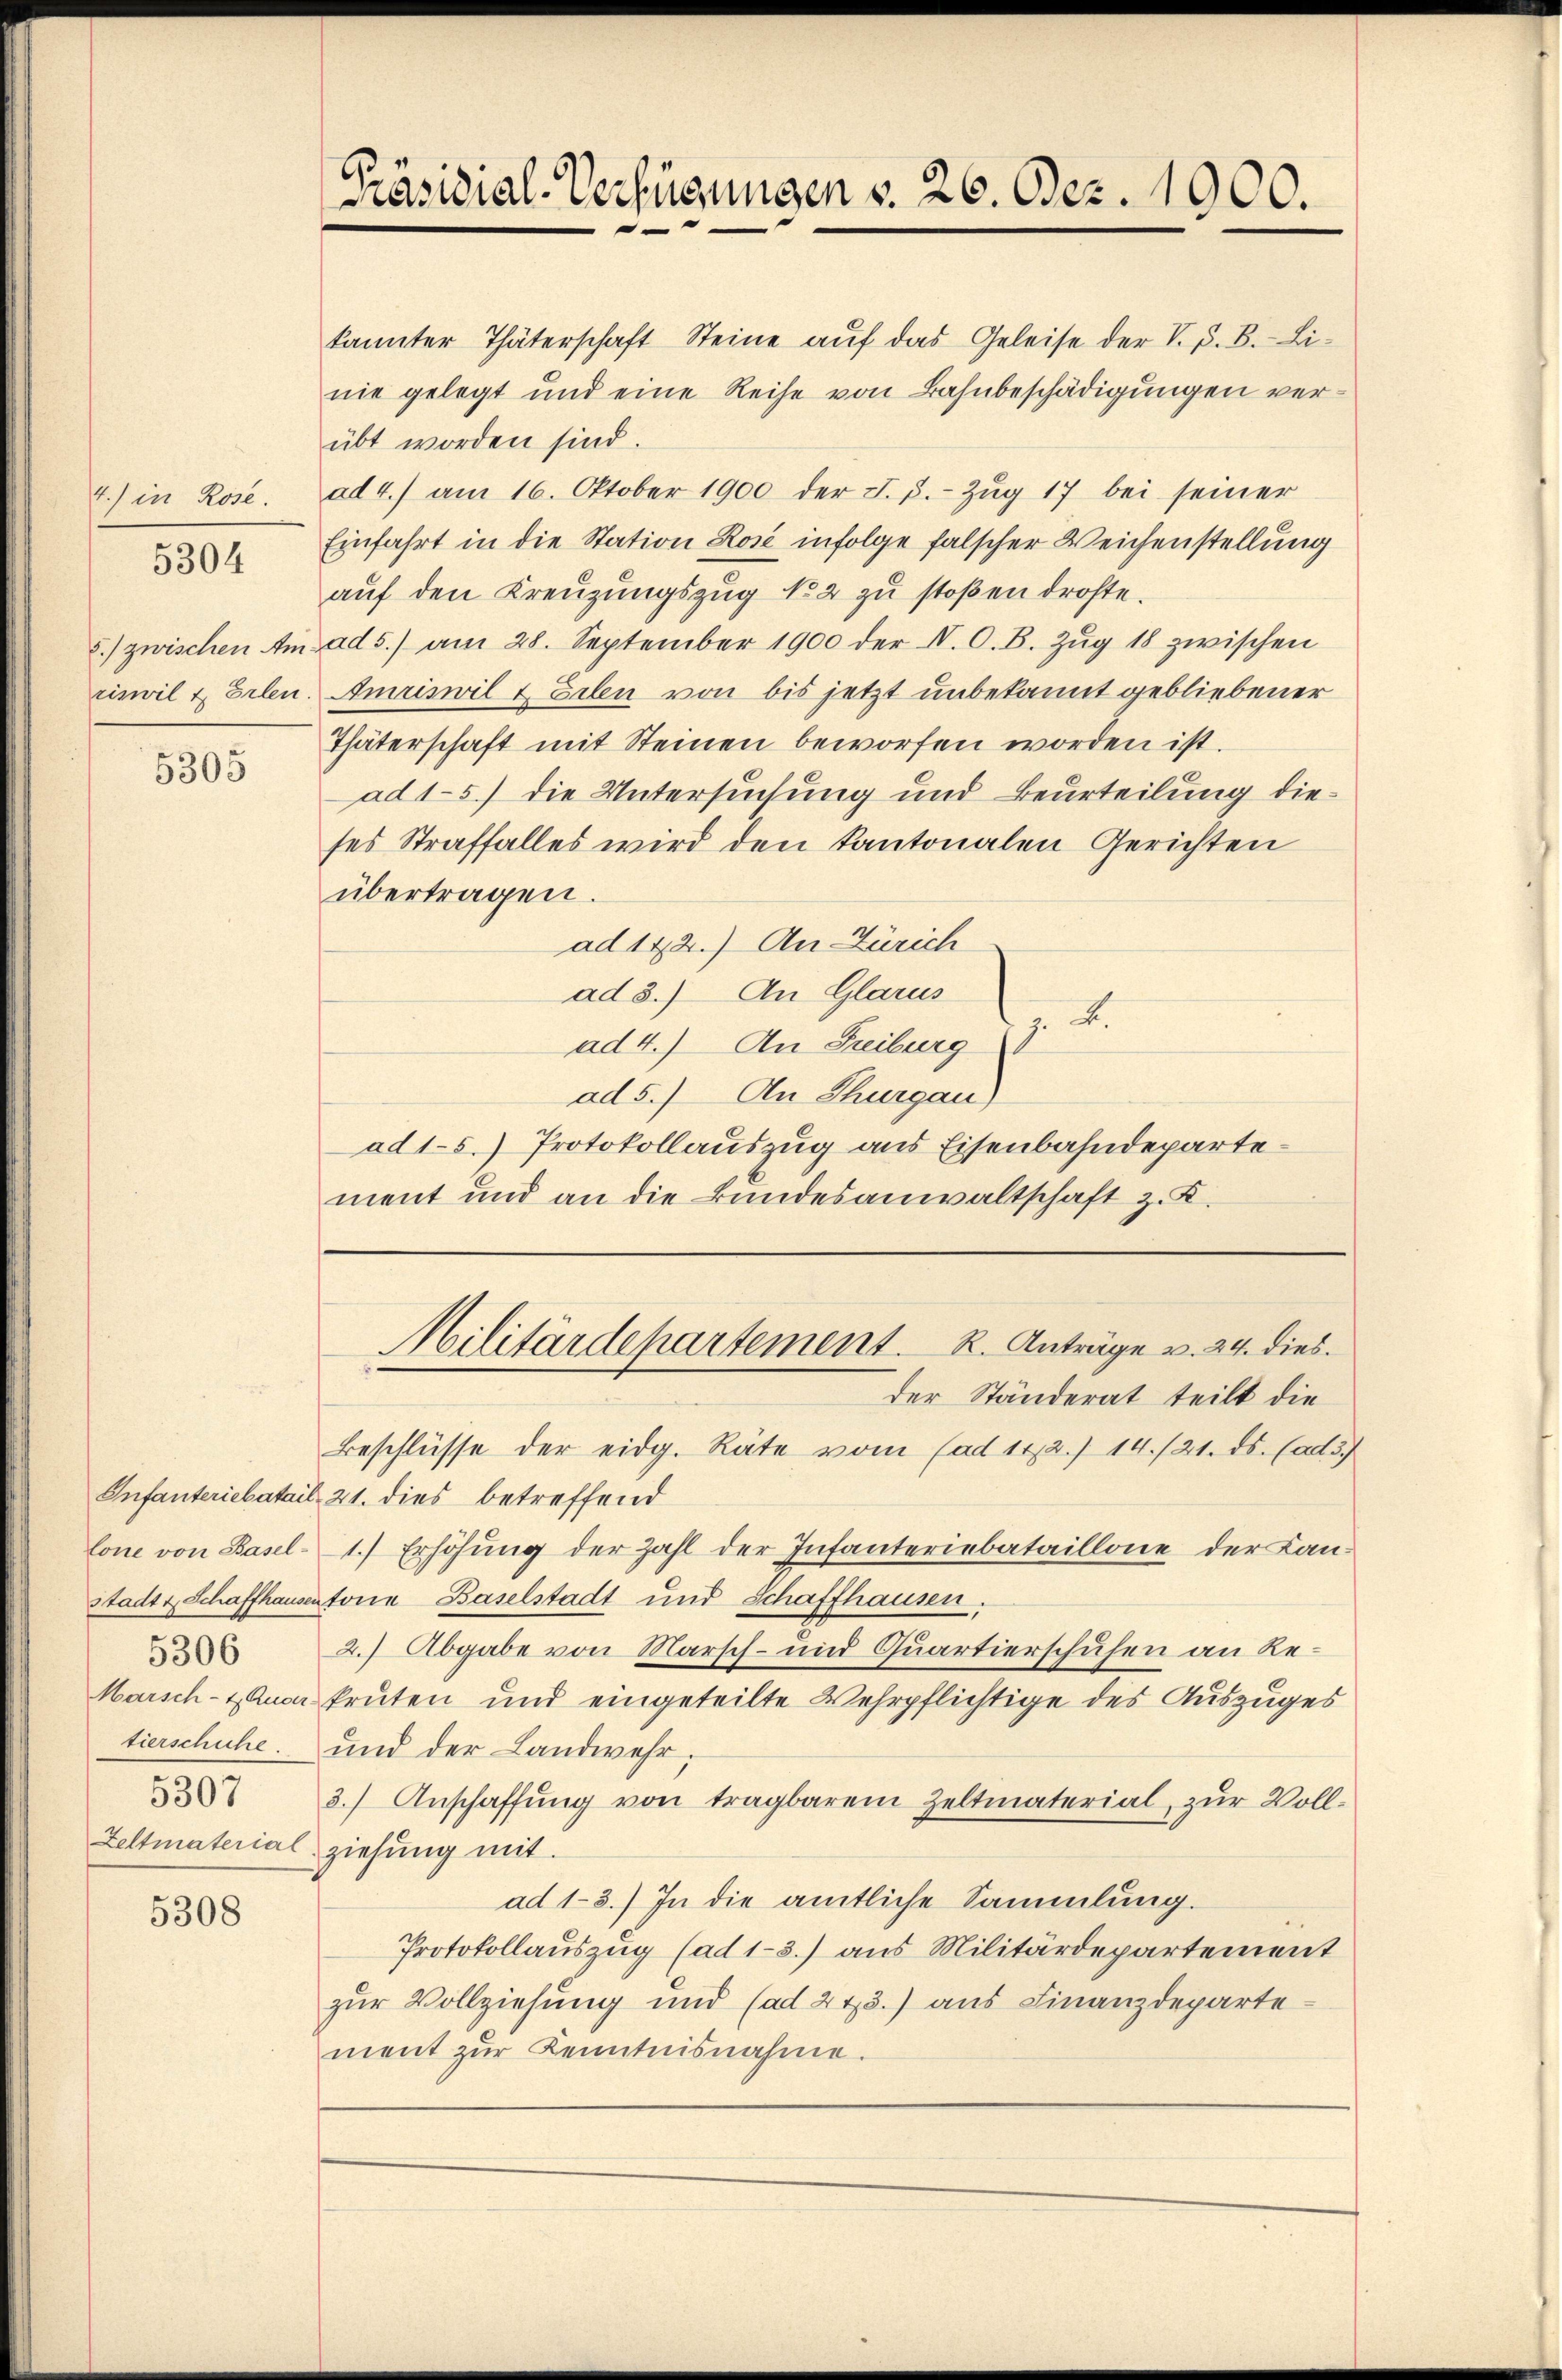
4.) in Rose

5304

5.) zwischen Am
riswil & Erlen

5305

5306
5307

5308

kannter Thäterschaft Steine aŭf das Geleise der V. P. B. Li-
nie gelegt und eine Reihe von Bahnbeschädigungen verübt worden sind.
ad 4.) am 16. Oktober 1900 der J. J. Zŭg 17 bei seiner
Einfahrt in die Station Rose infolge falscher Weichenstellung
aŭf den Kreŭzŭngszug No 2 zu stoßen drohte.
ad5.) am 28. September 1900 der N. O. B. Zŭg 18 zwischen
Amriswil & Eilen von bis jetzt unbekannt gebliebener
Thäterschaft mit Steinen beworfen worden ist.
ad 15) die Untersuchung und Beurteilung dieses Straffalles wird den Kantonalen Gerichten
übertragen.
ad 142.) An Zürich
ad 3.) An Glarus
. F.
ad 4.) An Freiburg
ad 5.) An Thurgau)
ad1-5.) Protokollauszug aus Eisenbahndepartement und an die Bundesanwaltschaft z. K.

Beschlüsse der eidg. Räte vom (ad 112. 14./21. ds. (ad 3.)
Infanteriebatail, 21. dies betreffend
lone von Basel-1.) Erhöhung der Zahl der Infanteriebataillone der Kan-
stadtr. Schaffhausentore Baselstadt und Schaffhausen.
2.) Abgabe von Marsch- und Quartierschuhen an Re¬
Marsch- & Auer Prüten und eingeteilte Wehrpflichtige des Auszuges
tierschuhe und der Landwehr,
3.) Anschaffŭng von tragbarem Zeltmaterial, zur Voll¬
Zeltmaterial ziehŭng mit.
ad 1-3.) In die amtliche Sammlung.
Protokollauszug (ad 1-3.) aus Militärdepartement
zur Vollziehung und (ad 273.) aus Finanzdeparte
ment zŭr Kenntnisnahme.

Präsidial-Verfügungen v. 26. Dez. 1900.

Militärdepartement. R. Anträge v. 24. dies
der Ständerat teilt die